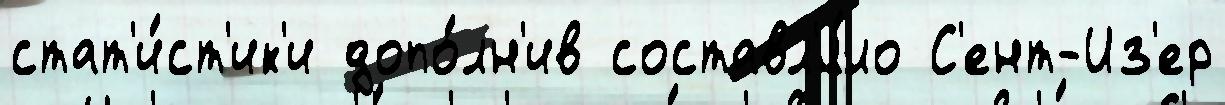
стат'и́ст'ик'и допо́лн'ив составл'я́ло С'ент-Из'ер